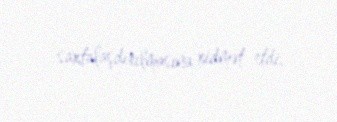
saxtalaşdırılmasına xidmət etdi.